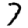
Digit: 7